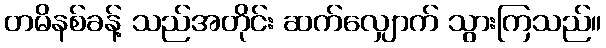
တမိနစ်ခန့် သည်အတိုင်း ဆက်လျှောက် သွားကြသည်။